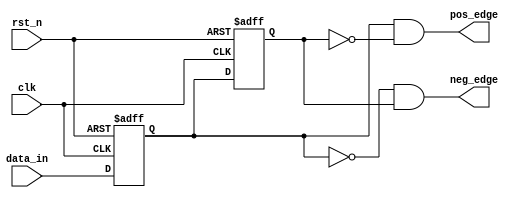
`timescale 1ns/1ns
module edge_detect (
   clk,
   rst_n,
   data_in,
   pos_edge,
   neg_edge 
);
input      clk;
input      rst_n;
input      data_in;
output     pos_edge;
output     neg_edge;

reg        data_in_d1;
reg        data_in_d2; 

assign pos_edge =  data_in_d1 & ~data_in_d2;
assign neg_edge =  ~data_in_d1 & data_in_d2;
 
always@(posedge clk or negedge rst_n) 
begin
  if (!rst_n)
  begin
    data_in_d1 <=#1 1'b0;
    data_in_d2 <=#1 1'b0;
  end
  else 
  begin
    data_in_d1 <=#1 data_in;
    data_in_d2 <=#1 data_in_d1;   
  end
end

endmodule